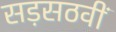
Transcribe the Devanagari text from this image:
सड़सठवीं